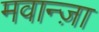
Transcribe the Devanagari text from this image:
मवान्ज़ा